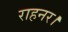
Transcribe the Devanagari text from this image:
राहनर।